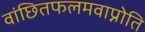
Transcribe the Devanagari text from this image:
वांछितफलमवाप्नोति